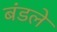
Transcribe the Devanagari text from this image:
बंडले